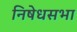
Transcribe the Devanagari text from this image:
निषेधसभा